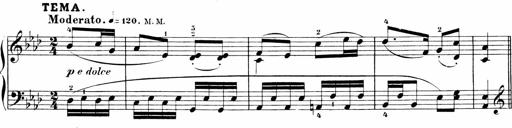
Title: Sonatinen Op.47, 98 und 136, nebst 6 Liedersonatinen
Composer: Carl Reinecke